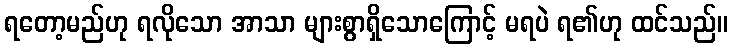
ရတော့မည်ဟု ရလိုသော အာသာ များစွာရှိသောကြောင့် မရပဲ ရ၏ဟု ထင်သည်။